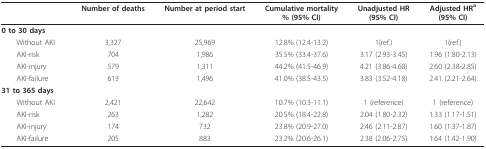
<table><thead><tr><td></td><td><b>Number of deaths</b></td><td><b>Number at period start</b></td><td><b>Cumulative mortality% (95% CI)</b></td><td><b>Unadjusted HR(95% CI)</b></td><td><b>Adjusted HR<sup>a</sup>(95% CI)</b></td></tr></thead><tbody><tr><td><b>0 to 30 days</b></td><td></td><td></td><td></td><td></td><td></td></tr><tr><td> Without AKI</td><td>3,327</td><td>25,969</td><td>12.8% (12.4-13.2)</td><td>1(ref.)</td><td>1(ref.)</td></tr><tr><td> AKI-risk</td><td>704</td><td>1,986</td><td>35.5% (33.4-37.6)</td><td>3.17 (2.93-3.45)</td><td>1.96 (1.80-2.13)</td></tr><tr><td> AKI-injury</td><td>579</td><td>1,311</td><td>44.2% (41.5-46.9)</td><td>4.21 (3.86-4.60)</td><td>2.60 (2.38-2.85)</td></tr><tr><td> AKI-failure</td><td>613</td><td>1,496</td><td>41.0% (38.5-43.5)</td><td>3.83 (3.52-4.18)</td><td>2.41 (2.21-2.64)</td></tr><tr><td><b>31 to 365 days</b></td><td></td><td></td><td></td><td></td><td></td></tr><tr><td> Without AKI</td><td>2,421</td><td>22,642</td><td>10.7% (10.3-11.1)</td><td>1 (reference)</td><td>1 (reference)</td></tr><tr><td> AKI-risk</td><td>263</td><td>1,282</td><td>20.5% (18.4-22.8)</td><td>2.04 (1.80-2.32)</td><td>1.33 (1.17-1.51)</td></tr><tr><td> AKI-injury</td><td>174</td><td>732</td><td>23.8% (20.9-27.0)</td><td>2.46 (2.11-2.87)</td><td>1.60 (1.37-1.87)</td></tr><tr><td> AKI-failure</td><td>205</td><td>883</td><td>23.2% (20.6-26.1)</td><td>2.38 (2.06-2.75)</td><td>1.64 (1.42-1.90)</td></tr></tbody></table>